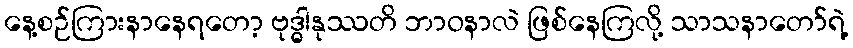
နေ့စဉ်ကြားနာနေရတော့ ဗုဒ္ဓါနုဿတိ ဘာဝနာလဲ ဖြစ်နေကြလို့ သာသနာတော်ရဲ့